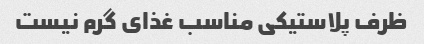
ظرف پلاستیکی مناسب غذای گرم نیست